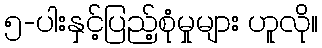
၅-ပါးနှင့်ပြည့်စုံမှုများ ဟူလို။